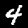
Label: 4